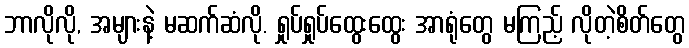
ဘာလိုလို, အများနဲ့ မဆက်ဆံလို. ရှုပ်ရှုပ်ထွေးထွေး အာရုံတွေ မကြည့် လိုတဲ့စိတ်တွေ